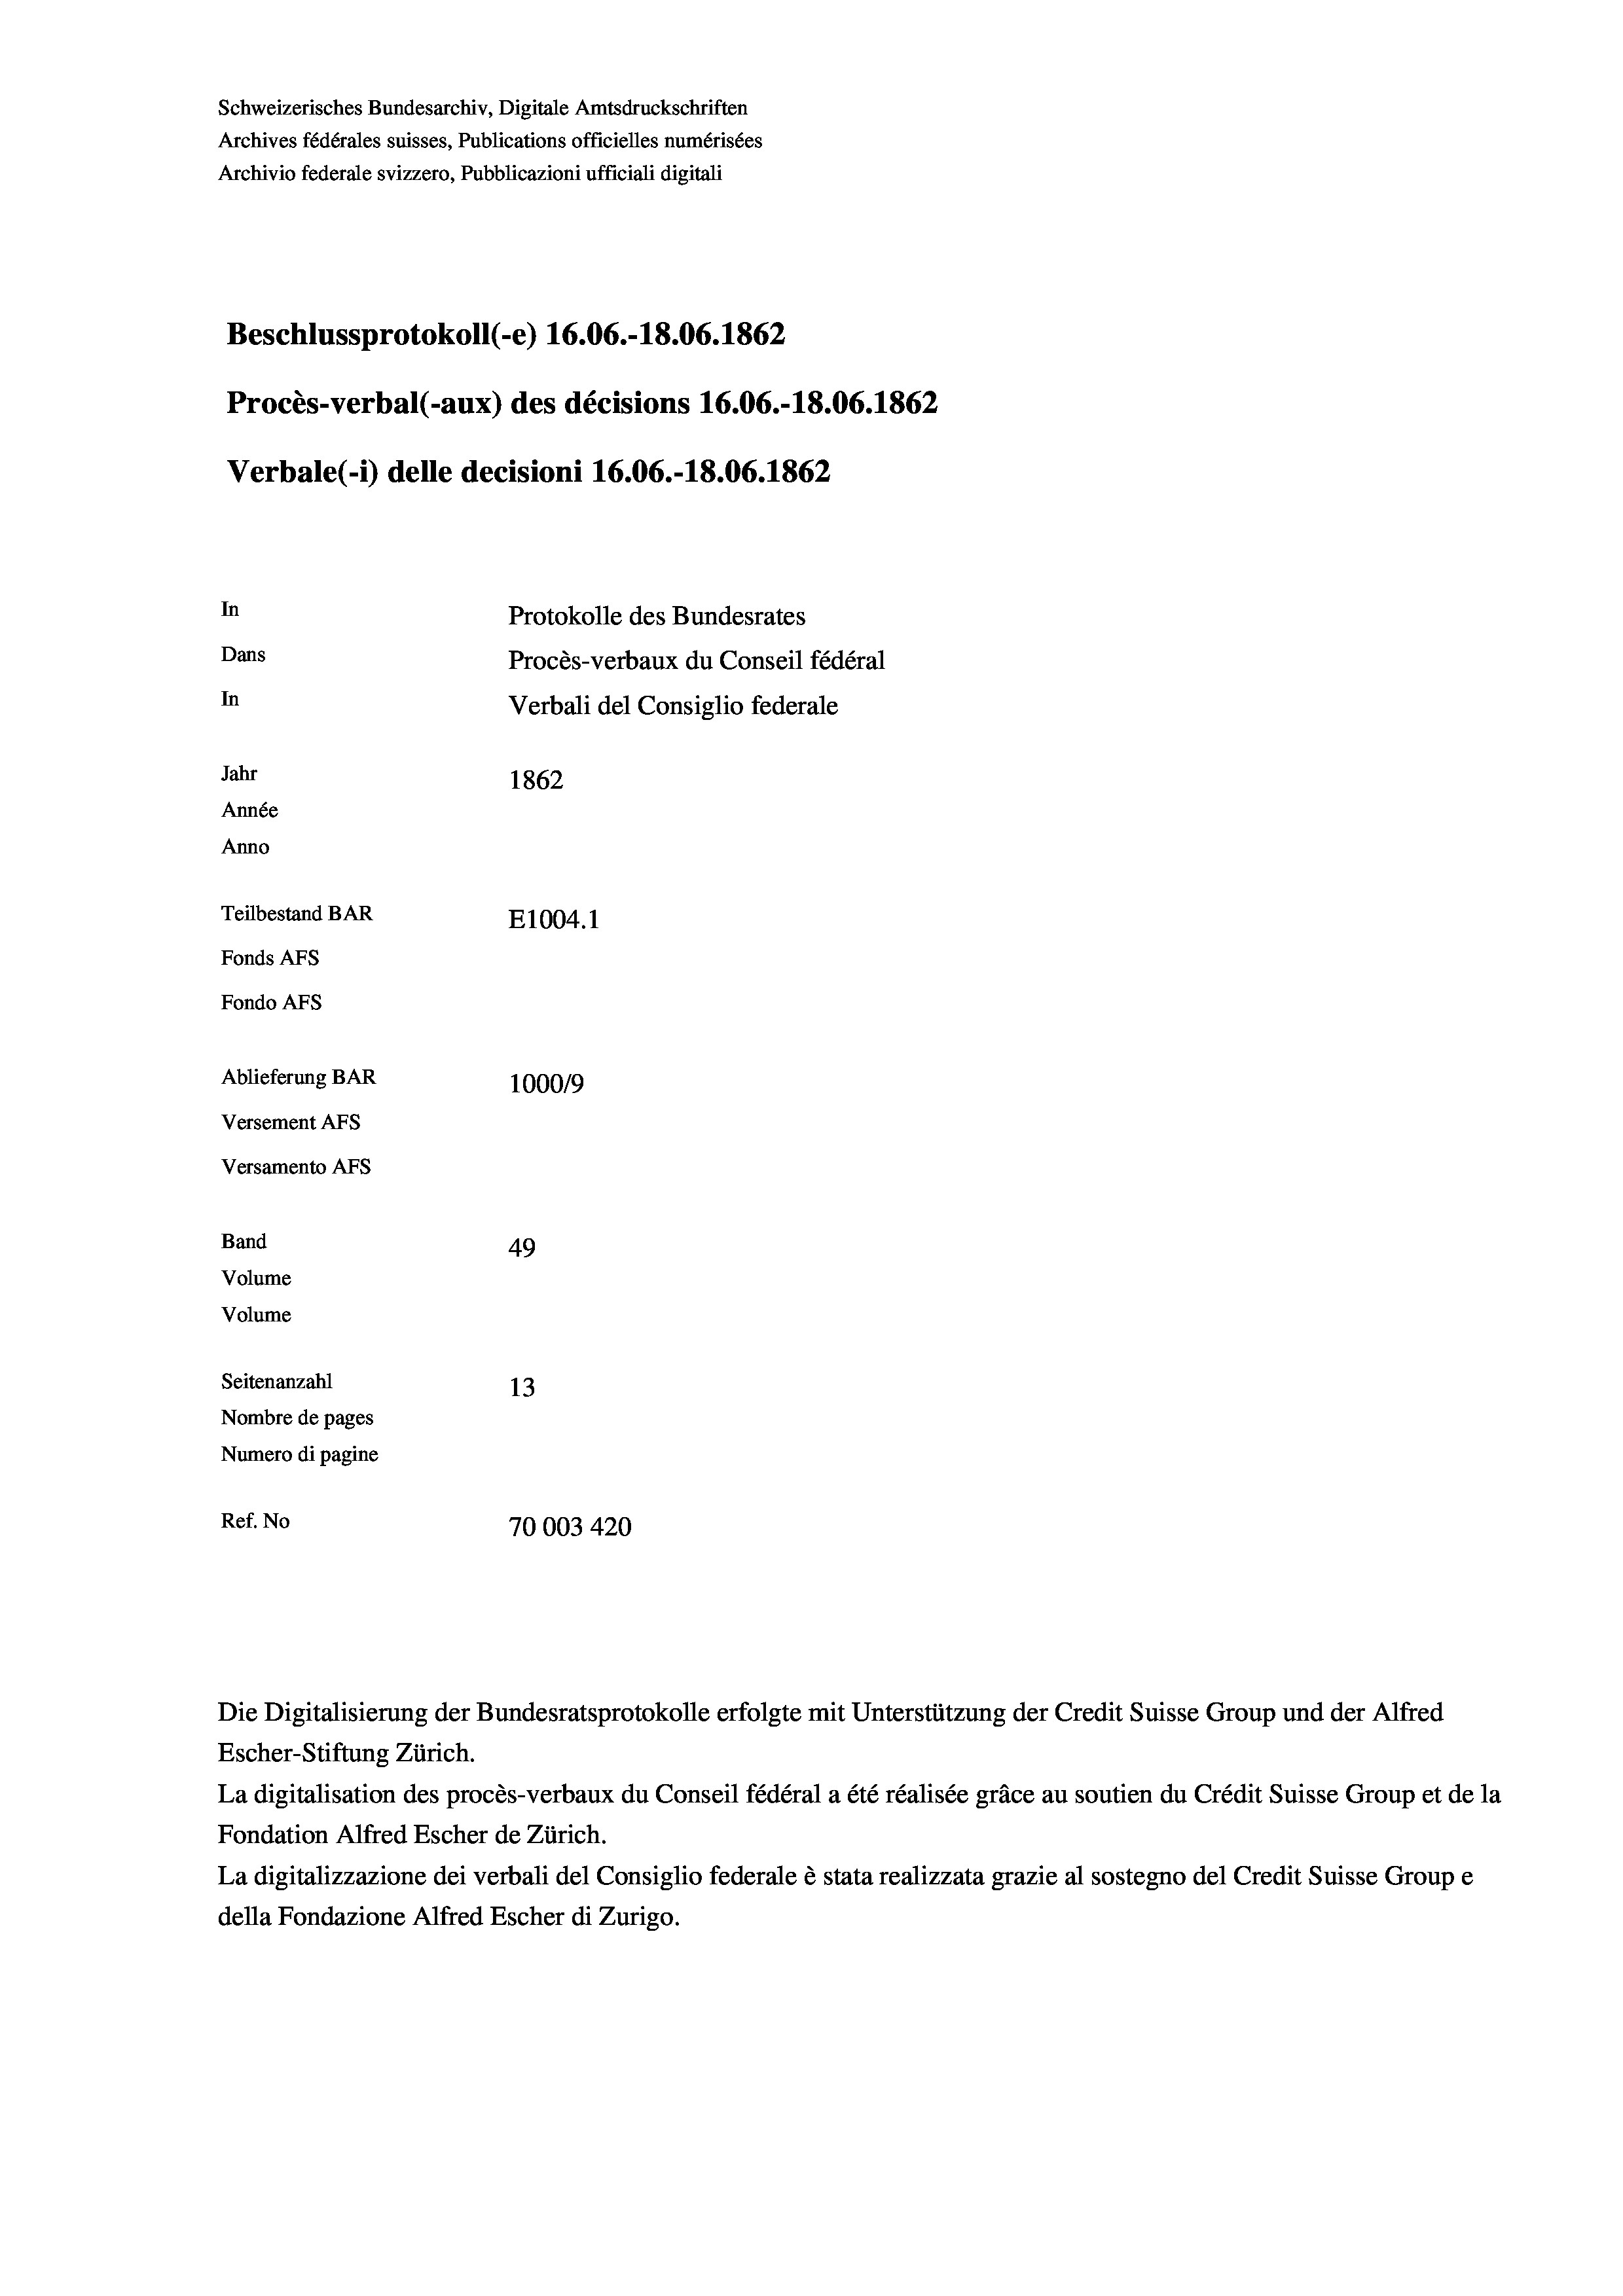
Schweizerisches Bundesarchiv, Digitale Amtsdruckschriften
Archives fédérales suisses, Publications officielles numérisées
Archivio federale svizzero, Pubblicazioni ufficiali digitali
Beschlussprotokoll (e) 16.06.-18.06. 1862
Procès-verbal (-aux) des décisions 16.06.-18.06. 1862
Verbale(-*) delle decisioni 16.06.-18.06. 1862
In
Protokolle des Bundesrates
Dans
Procès-verbaux du Conseil fédéral
In
Verbali del Consiglio federale
Jahr
1862
Année
Anno
Teilbestand BAR
E1004.1
Fonds AFs
Fondo Afs
Ablieferung BAR
100019
Versement AFs
Versamento Afs
Band
49
Volume
Volume
Seitenanzahl
13
Nombre de pages
Numero di pagine
Ref. No
70003 420

Escher-Stiftung Zürich.
La digitalisation des procès-verbaux du Conseil fédéral a été réalisée gräce au soutien du Crédit Suisse Group et de la
Fondation Alfred Escher de Zürich.
La digitalizzazione dei verbali del Consiglio federale è stata realizzata grazie al sostegno del Credit Suisse Groupe
della Fondazione Alfred Escher di Zurigo.

Die Digitalisierung der Bundesratsprotokolle erfolgte mit Unterstützung der Credit Suisse Group und der Alfred